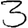
Digit: 3